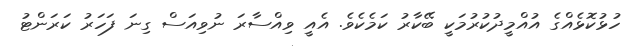
ހުޅުކޮޅެއްގެ އުއްމީދުކުރުމަކީ ބޭކާރު ކަމެކެވެ. އެއީ ވިއްސާރަ ނުވިއަސް ގިނަ ފަހަރު ކަރަންޓު